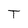
Character: T